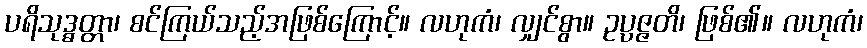
ပရိသုဒ္ဓတ္တာ၊ စင်ကြယ်သည့်အဖြစ်ကြောင့်။ လဟုကံ၊ လျှင်စွာ။ ဥပ္ပဇ္ဇတိ၊ ဖြစ်၏။ လဟုကံ၊